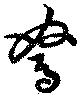
駑